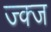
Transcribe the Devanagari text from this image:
ज्क्ज